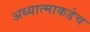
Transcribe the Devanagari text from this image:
अध्यात्माकडेच